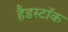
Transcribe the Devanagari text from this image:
हैडस्टॉक